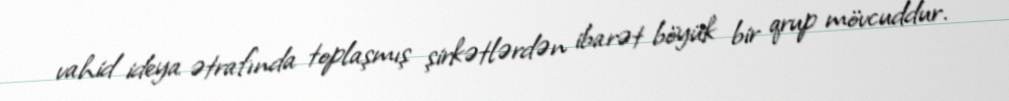
vahid ideya ətrafında toplaşmış şirkətlərdən ibarət böyük bir qrup mövcuddur.